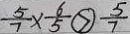
\frac { 5 } { 7 } \times \frac { 6 } { 5 } \textcircled { > } \frac { 5 } { 7 }